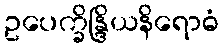
ဥပေက္ခိန္ဒြိယနိရောဓံ